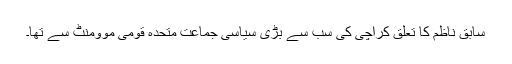
سابق ناظم کا تعلق کراچی کی سب سے بڑی سیاسی جماعت متحدہ قومی موومنٹ سے تھا۔